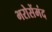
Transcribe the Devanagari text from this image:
भरोसेंमंद